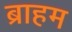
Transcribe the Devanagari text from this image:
ब्राहम